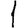
Digit: 1